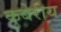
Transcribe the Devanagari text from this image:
कुबेराय